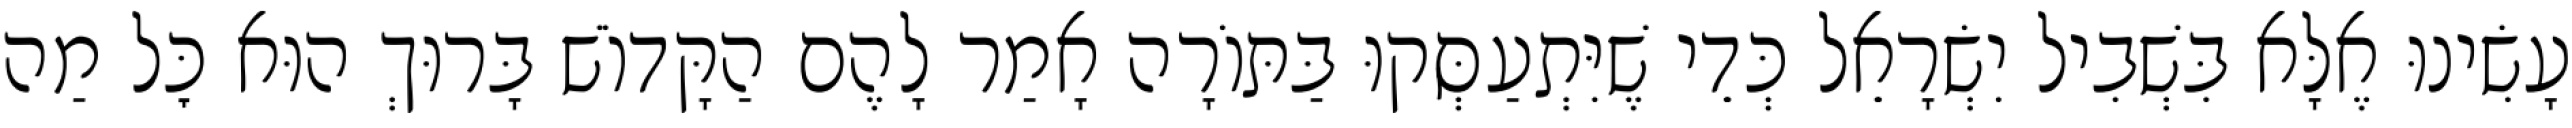
עָשִׂינוּ אֶלָּא בִּשְׁבִיל יִשְׂרָאֵל כְּדֵי שֶׁיִּתְעַסְּקוּ בַּתּוֹרָה אָמַר לָהֶם הַקָּדוֹשׁ בָּרוּךְ הוּא כׇּל מַה